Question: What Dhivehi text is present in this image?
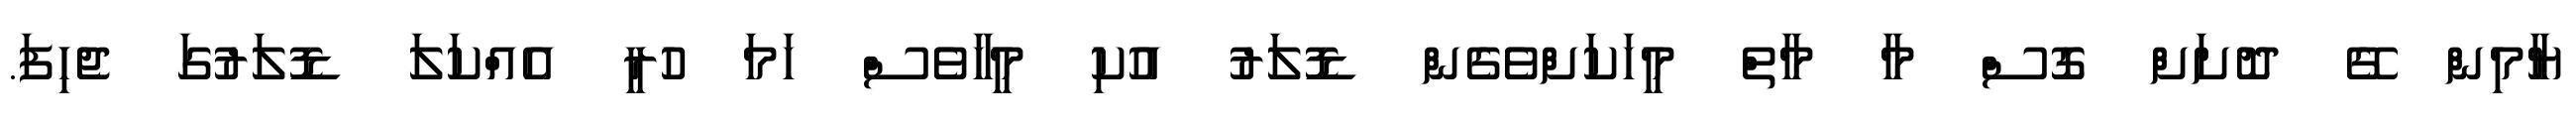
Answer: ޔާމިން ގޭ ދޮށަށް ގޮސް މާ މާތް މީހަކަށްވެގެން ޑޮލަރު އުކި މީހާވެސް ހަމަ ހުރީ އެއްކަލަ ޑޮލަރުގަ ޖެހިފަ.